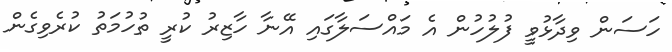
ހަސަން ވިދާޅުވީ ފުލުހުން އެ މައްސަލާގައި އޭނާ ހާޒިރު ކުރީ ތުހުމަތު ކުރެވިގެން